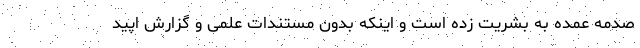
صدمه عمده به بشریت زده است و اینکه بدون مستندات علمی و گزارش اپید